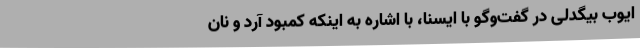
ایوب بیگدلی در گفت‌وگو با ایسنا، با اشاره به اینکه کمبود آرد و نان